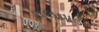
થલવાડા